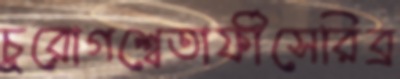
চুরোগশ্বেতার্ফীসেরিব্র